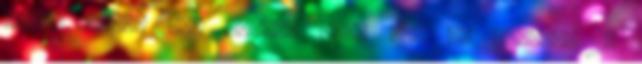
újság nála? Pár dolog, amit jó, ha tudtok: 1.